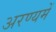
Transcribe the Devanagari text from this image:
अरण्यमें